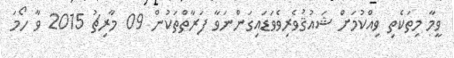
ވީމާ މިތަކެތި ވިއްކުމަށް ޝައުޤުވެރިވެވަޑައިގަންނަވާ ފަރާތްތަކުން 09 މާރިޗު 2015 ވާ ހޯމަ